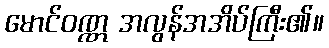
မောင်ဝဏ္ဏ အလွန်အအိပ်ကြီး၏။